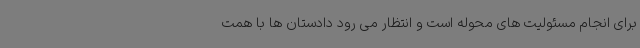
برای انجام مسئولیت های محوله است و انتظار می رود دادستان ها با همت